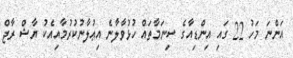
އަންނަ މަހު 22 ގައި އިންޑިއާގެ ސިނަމާތައް ހުޅުވާލާނެ އިޢުލާނުކުރުމާއިއެކު ޔާޝް ރާޖް